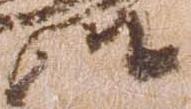
俊